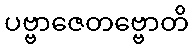
ပဗ္ဗာဇေတဗ္ဗောတိ